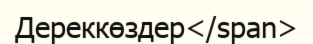
Дереккөздер</span>